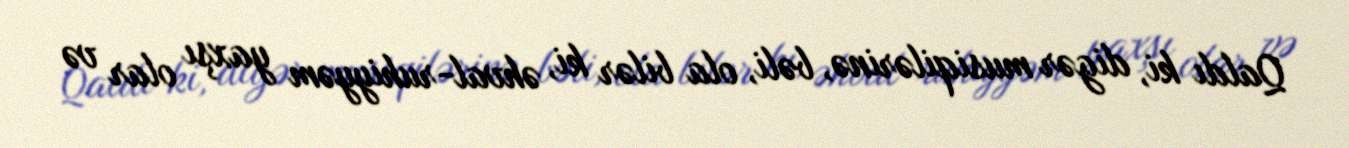
Qaldı ki, digər musiqilərinə, bəli, ola bilər ki, əhval-ruhiyyəm yaxşı olar və